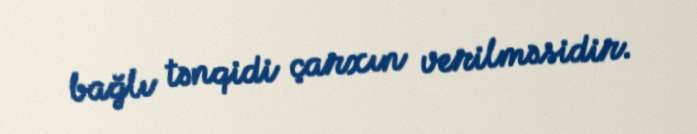
bağlı tənqidi çarxın verilməsidir.